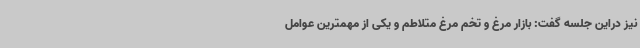
نیز دراین جلسه گفت: بازار مرغ و تخم مرغ متلاطم و یکی از مهمترین عوامل